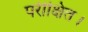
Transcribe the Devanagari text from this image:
परीक्षित।